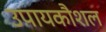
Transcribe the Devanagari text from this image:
उपायकौशल